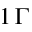
1 \, \Gamma